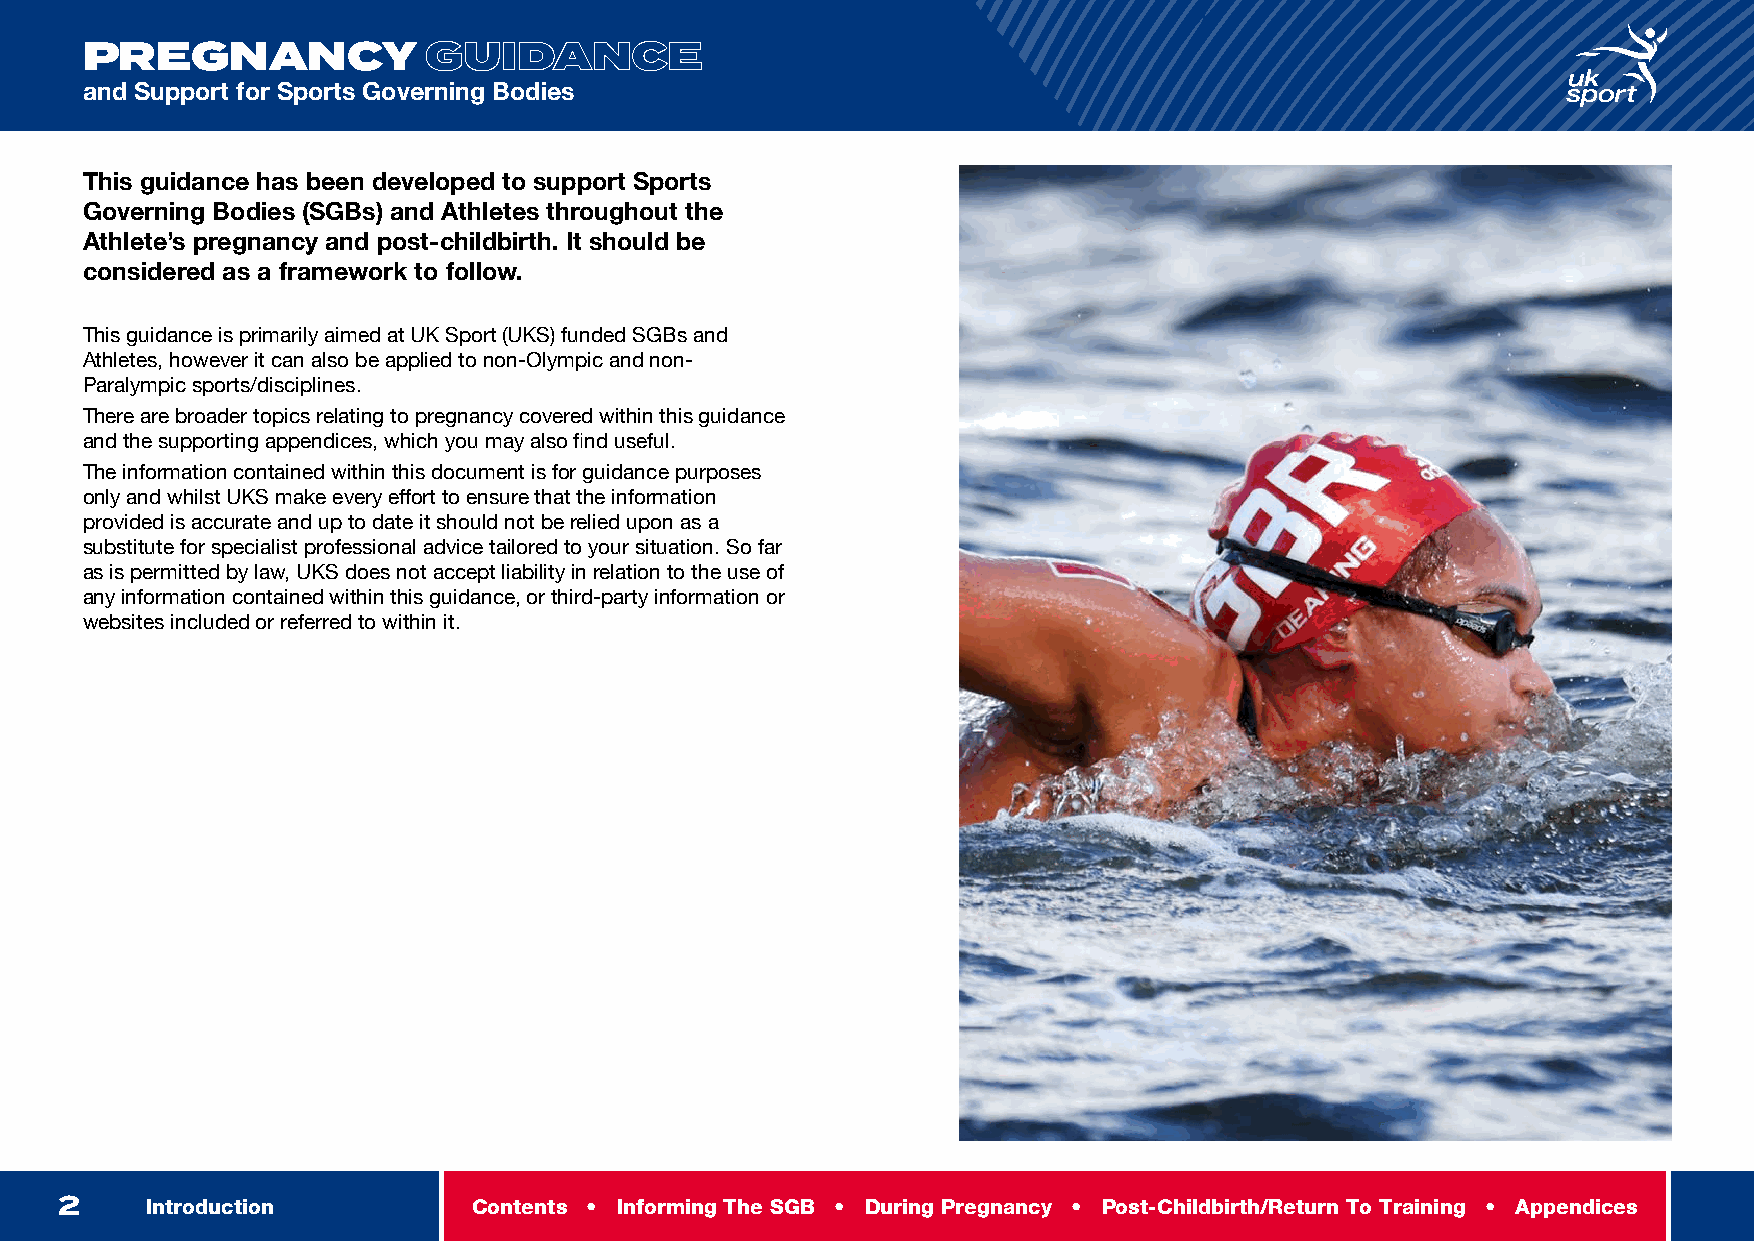
INTRODUCTION
 PREGNANCY              GUIDANCE
 and Support for Sports Governing Bodies
 This guidance has been developed to support Sports
 Governing Bodies (SGBs) and Athletes throughout the
 Athlete’s pregnancy and post-childbirth. It should be
 considered as a framework to follow.
 This guidance is primarily aimed at UK Sport (UKS) funded SGBs and
 Athletes, however it can also be applied to non-Olympic and non-
 Paralympic sports/disciplines.
 There are broader topics relating to pregnancy covered within this guidance
 and the supporting appendices, which you may also find useful.
 The information contained within this document is for guidance purposes
 only and whilst UKS make every effort to ensure that the information
 provided is accurate and up to date it should not be relied upon as a
 substitute for specialist professional advice tailored to your situation. So far
 as is permitted by law, UKS does not accept liability in relation to the use of
 any information contained within this guidance, or third-party information or
 websites included or referred to within it.
 2     Introduction         Contents • Informing The SGB • During Pregnancy • Post-Childbirth/Return To Training • Appendices